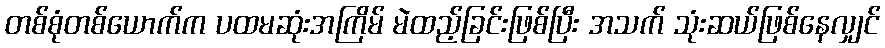
တစ်စုံတစ်ယောက်က ပထမဆုံးအကြိမ် မဲထည့်ခြင်းဖြစ်ပြီး အသက် သုံးဆယ်ဖြစ်နေလျှင်